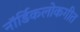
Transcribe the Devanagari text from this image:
नॉर्डिकलोकगीत